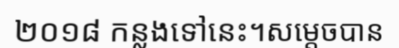
២០១៨ កន្លងទៅនេះ។សម្តេចបាន